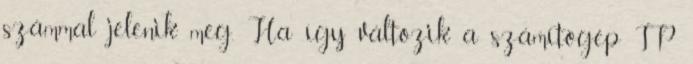
számmal jelenik meg. Ha így változik a számítógép IP